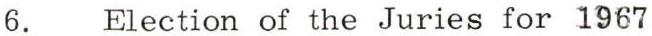
6. Election of the Juries for 1967